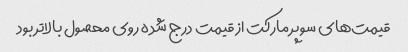
قیمت‌های سوپر مارکت از قیمت درج شده روی محصول بالاتر بود